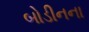
બોડીનના